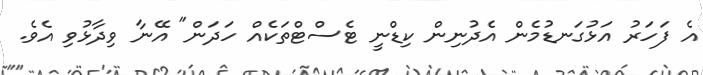
އެ ފަހަރު އަޅުގަނޑުމެން އެދުނިން ކިޑްނީ ޓެސްޓްތަކެއް ހަދަން" އޭނާ ވިދާޅުވި އެވެ.